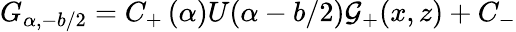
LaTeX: G_{\alpha,-b/2}=C_{+}\, (\alpha)U(\alpha-b/2){\mathcal{G}}_{+}(x,z)+C_{-}